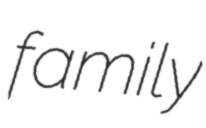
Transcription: family